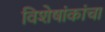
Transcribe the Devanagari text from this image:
विशेषांकांचा